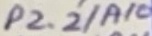
Text: P2.2/A10